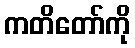
ကတိတော်ကို